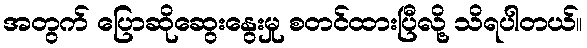
အတွက် ပြောဆိုဆွေးနွေးမှု စတင်ထားပြီလို့ သိရပါတယ်။